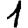
Digit: 1